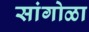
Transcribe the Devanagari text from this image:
सांगोळा